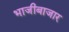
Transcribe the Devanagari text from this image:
भाजीबाजार